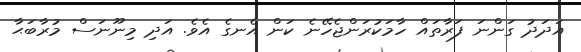
އަދަދު ގަންނަ ފަރާތައް ހާމަކުރަންޖެހޭނެ ކަން އެނގެ އެވެ. އަދި މިނޫނަސް މުރާބަޙާ